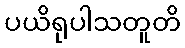
ပယိရုပါသတူတိ